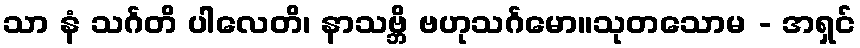
သာ နံ သင်္ဂတိ ပါလေတိ၊ နာသဗ္ဘိ ဗဟုသင်္ဂမော။သုတသောမ - အရှင်